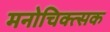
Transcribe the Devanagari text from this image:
मनोचिक्त्सक